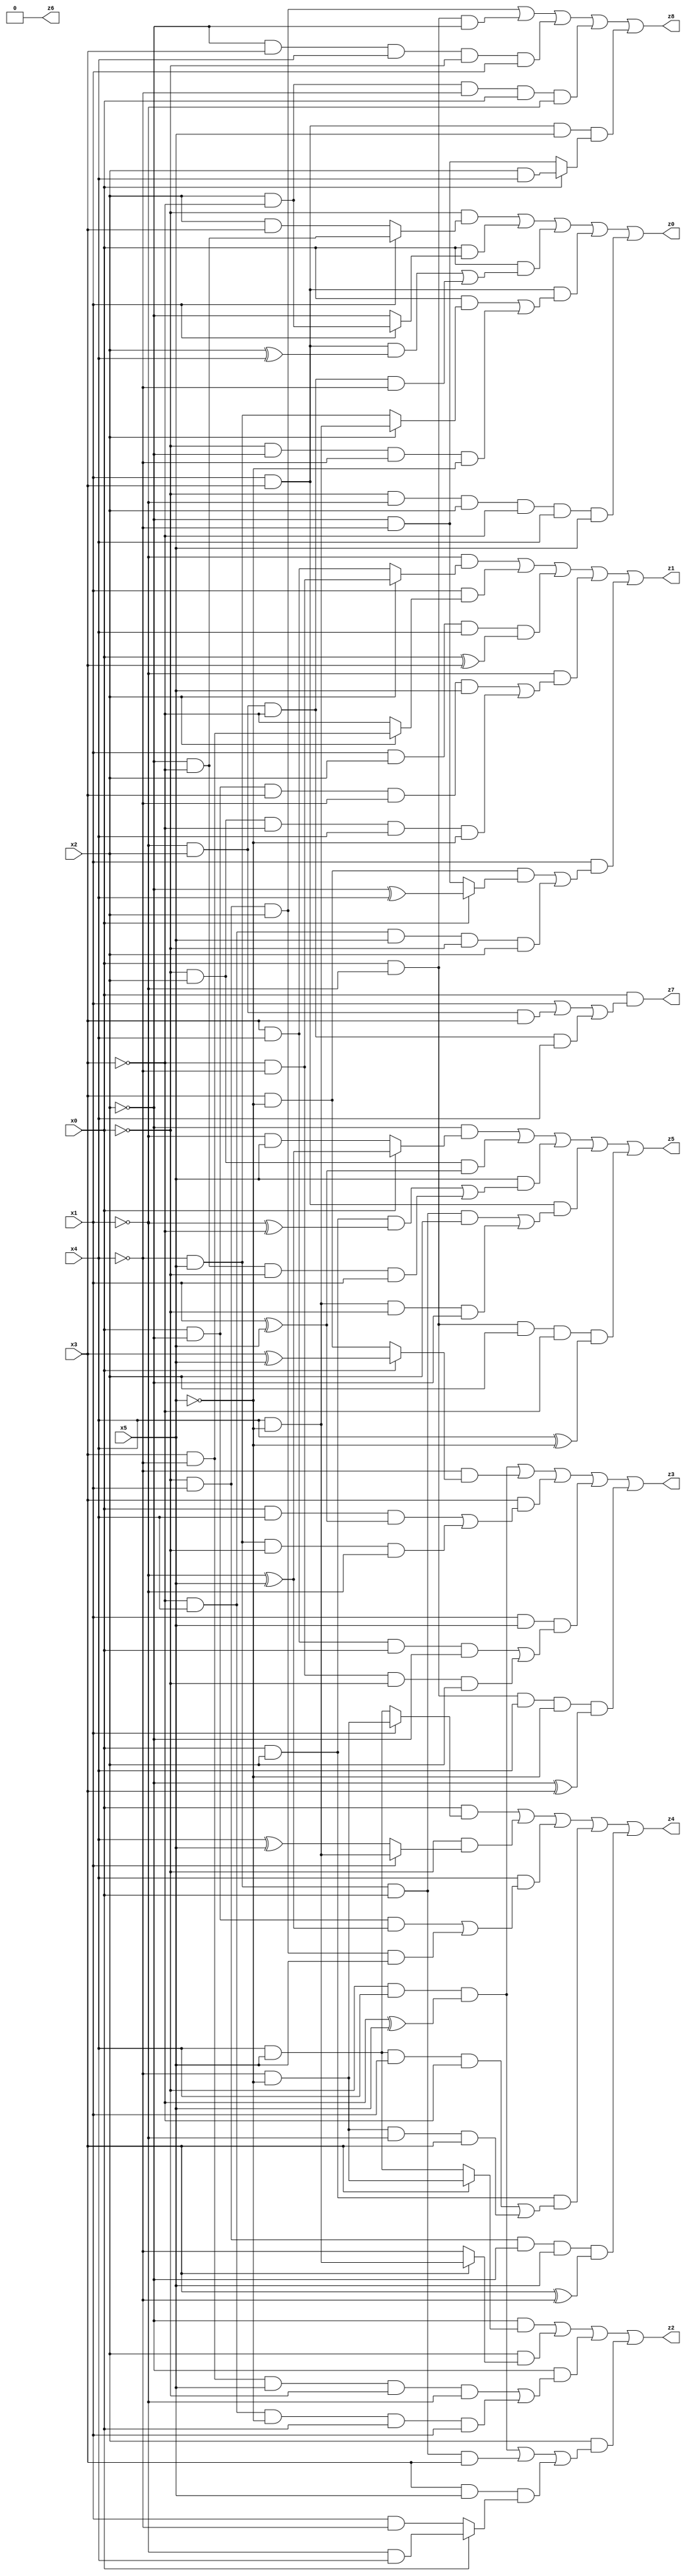
// Benchmark "X_65" written by ABC on Mon Jun 05 23:04:47 2023

module X_65 ( 
    x0, x1, x2, x3, x4, x5,
    z0, z1, z2, z3, z4, z5, z6, z7, z8  );
  input  x0, x1, x2, x3, x4, x5;
  output z0, z1, z2, z3, z4, z5, z6, z7, z8;
  assign z0 = (~x0 & (x1 ? (~x2 & ~x3) : (x2 & x3))) | (x0 & (x1 ? (x2 & ~x3) : ~x2)) | (x0 & ((x1 & x3 & (x2 ^ x4)) | (~x1 & x2 & ~x3 & ~x4))) | (x1 & x3 & ((x0 & (x2 ? (x4 & ~x5) : (~x4 & x5))) | (~x0 & ~x2 & ~x4 & ~x5))) | (~x0 & ~x1 & x2 & ~x3 & x4 & x5);
  assign z1 = (~x1 & (x2 ? (~x3 & ~x4) : (x3 & x4))) | (x1 & (x2 ? (x3 & ~x4) : ~x3)) | (x1 & x2 & x4 & (x0 ^ x3)) | (~x1 & ((x0 & ~x2 & x3 & ~x4 & x5) | (~x0 & x2 & ~x3 & x4 & ~x5))) | (x1 & ((x3 & ~x5 & (x0 ? (~x2 ^ x4) : (~x2 & ~x4))) | (~x3 & x4 & x5 & ~x0 & x2)));
  assign z2 = (~x2 & (x3 ? (~x4 & ~x5) : (x4 & x5))) | (x2 & (x3 ? (x4 & ~x5) : ~x4)) | (~x2 & ((x3 & ~x4 & x5 & ~x0 & ~x1) | (~x3 & x4 & ~x5 & x0 & x1))) | (x2 & ((~x0 & x4 & (~x3 ^ x5)) | (~x4 & x5 & x0 & x3) | (x3 & x5 & (x0 ? (~x1 & x4) : (x1 & ~x4)))));
  assign z3 = (~x0 & x4 & (~x3 ^ x5)) | (~x4 & (x0 ? (x3 ^ x5) : (x3 & ~x5))) | (x3 & ((x0 & x4 & (x1 ^ x5)) | (~x4 & x5 & ~x0 & ~x1))) | (x1 & x5 & ((x3 & x4 & x0 & ~x2) | (~x3 & ~x4 & ~x0 & x2))) | (x0 & ~x1 & x4 & ~x5 & (~x2 ^ x3));
  assign z4 = (x0 & (x1 ? (~x4 & ~x5) : (x4 & x5))) | (~x0 & (x1 ? (x4 & ~x5) : (x4 ^ x5))) | (x4 & ((x0 & ~x2 & (~x1 ^ x5)) | (~x0 & x1 & x2 & x5))) | (x0 & x2 & ((x4 & x5 & x1 & ~x3) | (~x4 & ~x5 & ~x1 & x3))) | (~x0 & x1 & ~x2 & x5 & (x3 ^ ~x4));
  assign z5 = (~x2 & (x0 ? (~x1 ^ x5) : (~x1 & x5))) | (~x0 & x2 & (x1 ^ x5)) | (x5 & ((x0 & x2 & (~x1 ^ ~x3)) | (~x2 & ~x3 & ~x0 & x1))) | (x1 & x3 & ((~x4 & x5 & x0 & x2) | (x4 & ~x5 & ~x0 & ~x2))) | (x0 & ~x1 & x2 & ~x3 & (x4 ^ ~x5));
  assign z6 = 1'b0;
  assign z7 = x0 & (x1 | (~x1 & x2 & x3) | (~x1 & x2 & ~x3 & x4));
  assign z8 = (~x0 & x1 & x2) | (x0 & ~x1 & ~x2) | (~x2 & x3 & x4 & ~x0 & x1) | (x2 & ~x3 & ~x4 & x0 & ~x1) | (x1 & x3 & x5 & (x0 ? (x2 & x4) : (~x2 & ~x4)));
endmodule